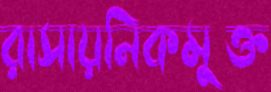
রাসায়নিকমুক্ত